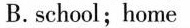
B. school；home